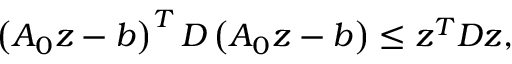
\begin{array} { r } { \left( A _ { 0 } z - b \right) ^ { T } D \left( A _ { 0 } z - b \right) \leq z ^ { T } D z , } \end{array}